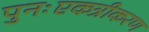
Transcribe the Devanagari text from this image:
पुनःएकत्रीकरण